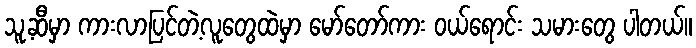
သူ့ဆီမှာ ကားလာပြင်တဲ့လူတွေထဲမှာ မော်တော်ကား ဝယ်ရောင်း သမားတွေ ပါတယ်။